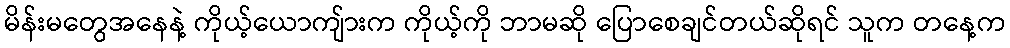
မိန်းမတွေအနေနဲ့ ကိုယ့်ယောကျ်ားက ကိုယ့်ကို ဘာမဆို ပြောစေချင်တယ်ဆိုရင် သူက တနေ့က